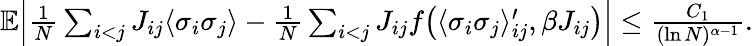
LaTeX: \begin{array}{r}{\mathbb E\Bigl|\frac{1}{N}\sum_{i<j}J_{ij}\langle\sigma_{i}\sigma_{j}\rangle-\frac{1}{N}\sum_{i<j}J_{ij}f\bigl(\langle\sigma_{i}\sigma_{j}\rangle_{ij}^{\prime},\beta J_{ij}\bigr)\Bigr|\leq\frac{C_{1}}{(\ln N)^{\alpha-1}}.}\end{array}